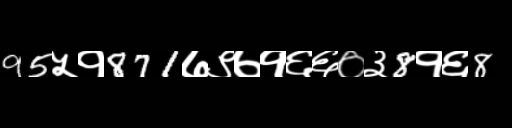
Text: 95५१871७९७१६६०३8१६8